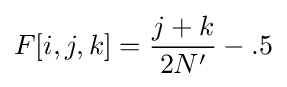
F[i,j,k]={\frac {j+k}{2N'}}-.5